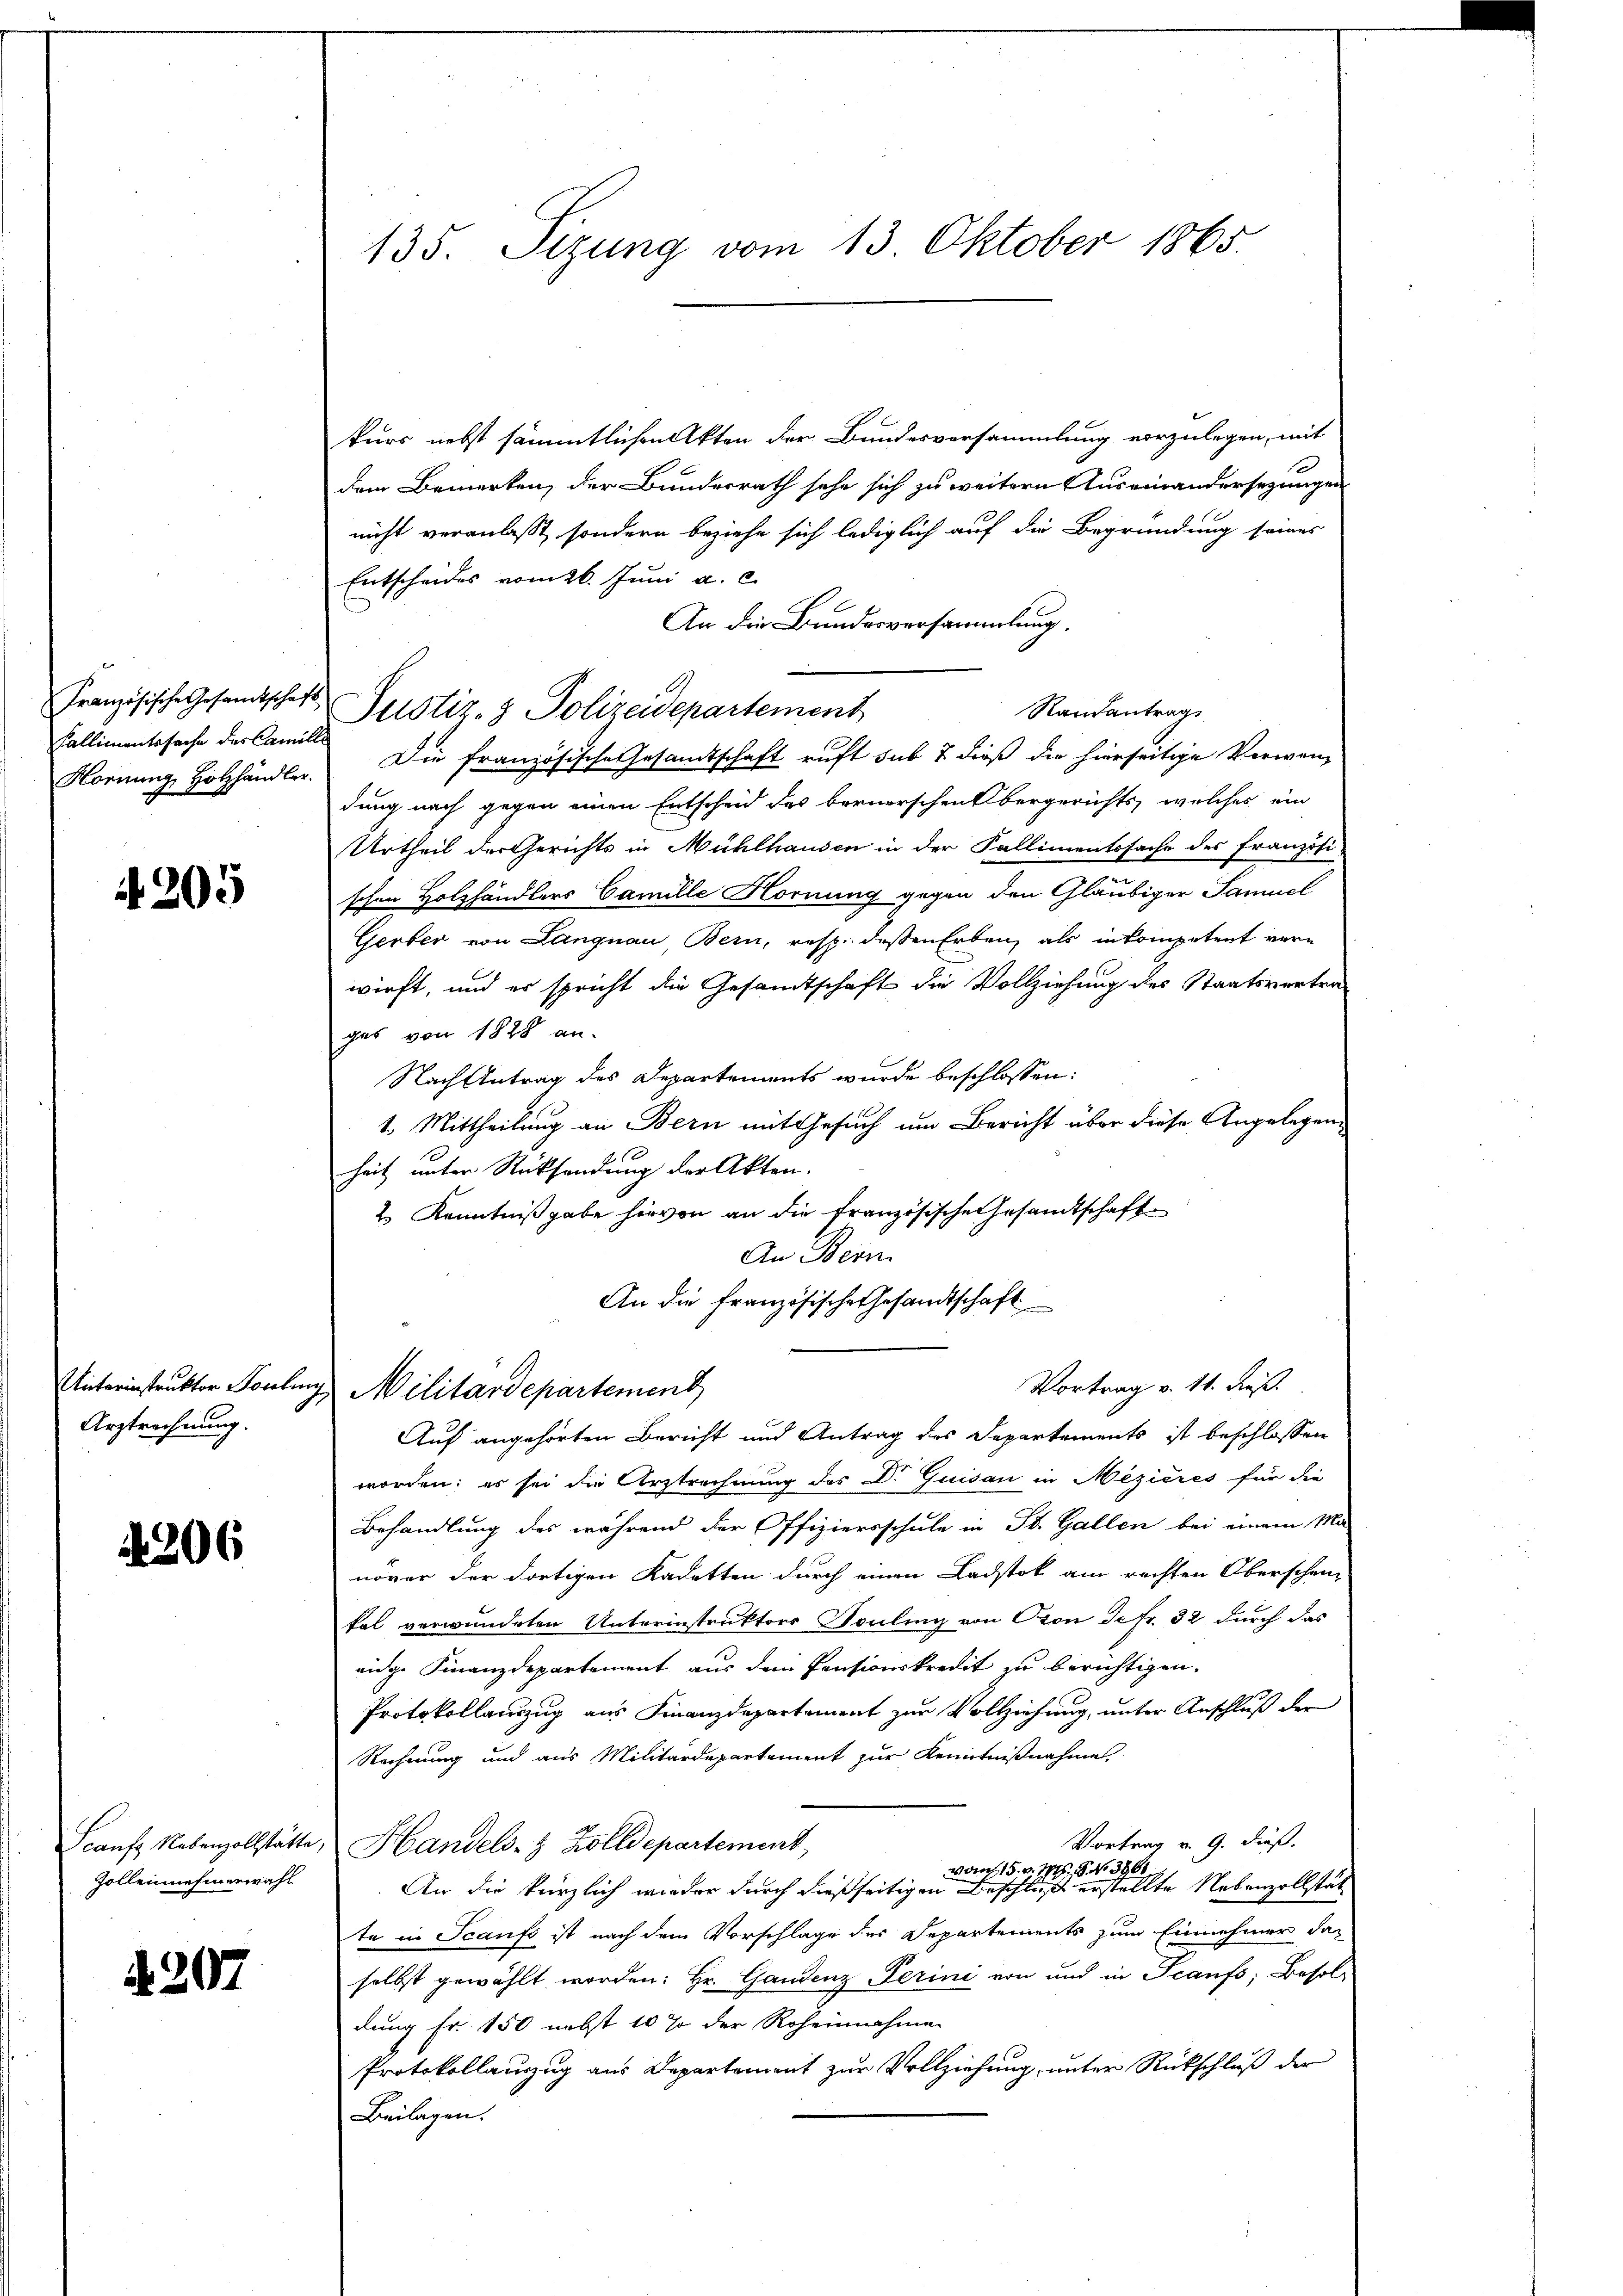
Französische Gesandtschaft
Fallimentssache des Camille
Hornung, Holzhändler.

205

Unterinstruktor Foulin
Arztrechnung.

4206

Scanfz Nebenzollstätte
Zollennehmerwahl

A207

135. Sizung vom 13. Oktober 1865.

kurs nebst sämmtlichen Akten der Bundesversammlung vorzulegen, mit
dem Bemerken, der Bundesrath sehe sich zu weitern Auseinandersezungen
nicht veranlaßt, sondern beziehe sich lediglich auf die Begründung seines
Entscheides vom 26. Juni a. c.
An die Bundesversammlung.
Randantrags
Pustiz- & Polizeidepartement
Die Französische Gesandtschaft ruft sub 7 dieß die hierseitige Verwendung nach gegen einen Entscheid des bernerschen Obergerichts welches ein
Urtheil der Gerichts in Mühlhausen in der Fallimentssache des Französi-
schen Holzhändlers Camille Hornung gegen den Gläubiger Samuel
Gerber von Langnau Bern, resp. dessen Erben, als in kompetent verwirft, und es spricht die Gesamtschaft die Vollziehung des Staatsvertra-
ges von 1828 an-
Nach Antrag des Departements wurde beschlossen:
1. Mittheilung an Bern mit Gesuch um Bericht über diese Angelegenheit unter Rücksendung der Akten.
2 Kenntnißgabe hievon an die Französische Gesandtschaft
An Bern.
An die französische Gesandtschaft
Vortrag v. 11. dieß.
2 Militärdepartement
Auf angehörten Bericht und Antrag des Departements ist beschlossen
worden; es sei die Urstrechnung des D. Quisau in Mezières für die
Behandlung des während der Offiziersschule in St. Gallen bei einem Ma-
nover der dortigen Kadetten durch einen Ladstok am rechten Oberschen-
kal verwundeten Unterinstruktors Souling von Pron de fr. 32 durch das
nige Finanzdepartement aus dem Pensionskredit zu berichtigen.
Protokollauszug aus Finanzdepartement zur Vollziehung, unter Anschluß der
Rechnung und aus Militärdepartement zur Kenntnißnahme
Vortrag v. 9. dieß.
Handels- & Zolldepartement,
15. v. M. P. Nr. 3861
2 der
An die kürzlich wieder durch dießseitigen Beschluß erstellte Nebenzollstät
te in Scaufs ist nach dem Vorschlage des Departements zum Einnehmer da-
selbst gewählt worden: Hr. Gandenz Perini von und in Scanfs; Besol-
dung Fr. 150 nebst 10 % der Roheinnahmen
Protokollauszug aus Departement zur Vollziehung, unter Rückschluß der
Beilagen.